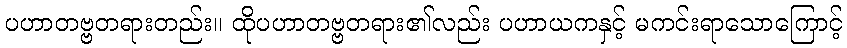
ပဟာတဗ္ဗတရားတည်း။ ထိုပဟာတဗ္ဗတရား၏လည်း ပဟာယကနှင့် မကင်းရာသောကြောင့်